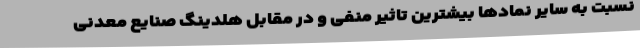
نسبت به سایر نمادها بیشترین تاثیر منفی و در مقابل هلدینگ صنایع معدنی